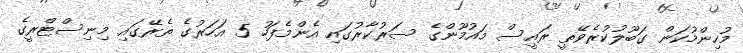
މުހިންމުކަން ގަބޫލުކުރެވޭތީ ރައީސް މައުމޫންގެ ސަރުކާރުގައި އެންމެފަހު 5 އަހަރުގެ ތެރޭގައި މިނިސްޓްރީގެ